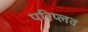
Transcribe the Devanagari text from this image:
परिप्लव